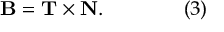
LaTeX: \mathbf { B } = \mathbf { T } \times \mathbf { N } . \qquad \qquad ( 3 )